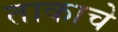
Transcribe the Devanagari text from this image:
ताकाचे